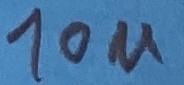
Text: 10u